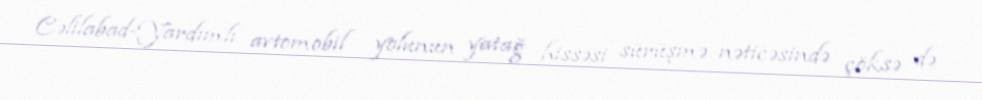
Cəlilabad-Yardımlı avtomobil yolunun yatağ hissəsi sürüşmə nəticəsində çöksə də